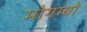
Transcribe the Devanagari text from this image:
मोगम्बो